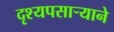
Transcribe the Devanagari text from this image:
दृश्यपसार्‍याने